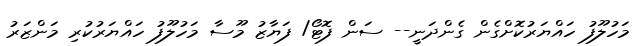
މަހުލޫފު ހައްޔަރުކޮށްގެން ގެންދަނީ-- ސަން ފޮޓޯ/ ފަޔާޒު މޫސާ މަހުލޫފު ހައްޔަރުކުރި މަންޒަރު